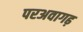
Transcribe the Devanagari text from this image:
परअवागढ़